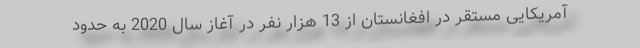
آمریکایی مستقر در افغانستان از 13 هزار نفر در آغاز سال 2020 به حدود